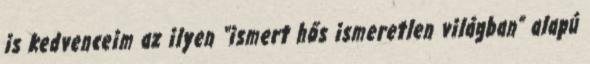
is kedvenceim az ilyen “ismert hős ismeretlen világban” alapú